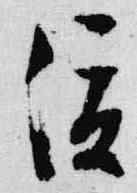
俊